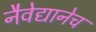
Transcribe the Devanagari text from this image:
नैवेद्यानेच